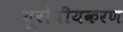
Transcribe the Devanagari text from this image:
यूरोपीयकरण